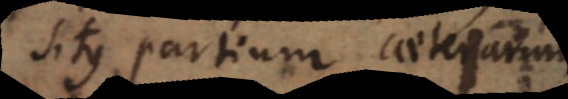
situs partium caeterarum.